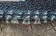
ينقصها